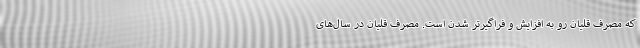
که مصرف قلیان رو به افزایش و فراگیرتر شدن است. مصرف قلیان در سال‌های